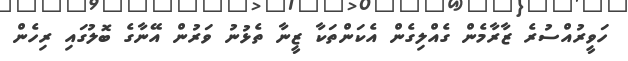
ހަވީރުއްސުރެ ޒާރާމެން ގެއްލިގެން އެކަންތަކާ ޒީނާ ތެޅުނު ވަރުން އޭނާގެ ބޮލުގައި ރިހެން